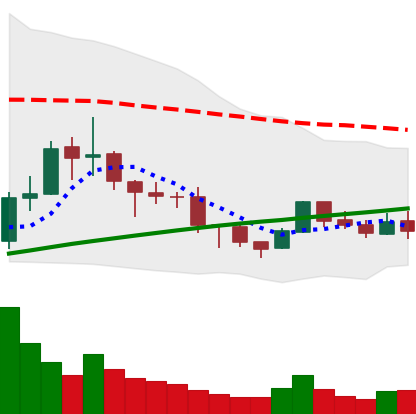
Ticker: BNB-USD
Chart end date: 2019-08-06
Forward return: 8.753%
Label: up_7plus